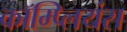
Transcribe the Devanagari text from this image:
कॉम्प्लियंस